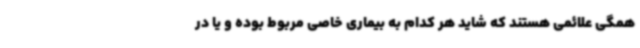
همگی علائمی هستند که شاید هر کدام به بیماری خاصی مربوط بوده و یا در